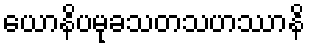
ယောနိပမုခသတသဟဿာနိ